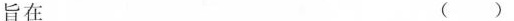
旨在 ( )